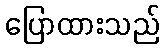
ပြောထားသည်